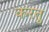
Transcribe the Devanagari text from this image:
करतु